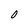
Character: 0